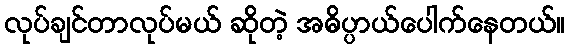
လုပ်ချင်တာလုပ်မယ် ဆိုတဲ့ အဓိပ္ပာယ်ပေါက်နေတယ်။